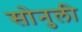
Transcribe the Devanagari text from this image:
सोनुली